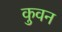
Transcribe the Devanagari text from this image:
कुवन